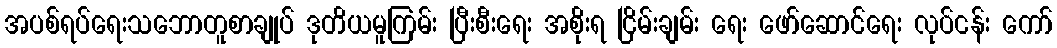
အပစ်ရပ်ရေးသဘောတူစာချုပ် ဒုတိယမူကြမ်း ပြီးစီးရေး အစိုးရ ငြိမ်းချမ်း ရေး ဖော်ဆောင်ရေး လုပ်ငန်း ကော်